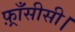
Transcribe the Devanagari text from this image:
फ़्राँसीसी।